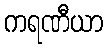
ကရဏီယာ